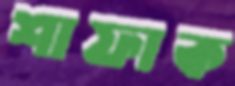
শাফাক